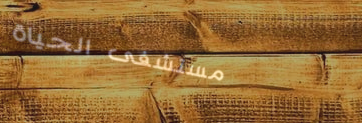
مستشفى الحياة